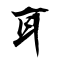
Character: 耳